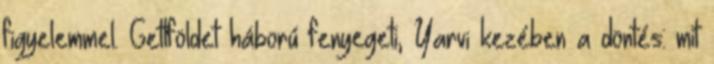
figyelemmel. Gettföldet háború fenyegeti, Yarvi kezében a döntés: mit